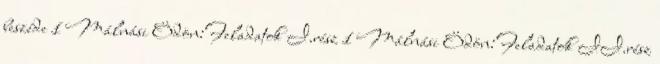
beszéde 1 Málnási Ödön:Feladatok I.rész 1 Málnási Ödön:Feladatok II.rész